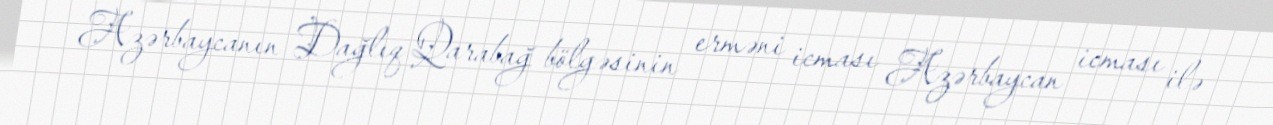
Azərbaycanın Dağlıq Qarabağ bölgəsinin erməni icması Azərbaycan icması ilə